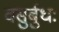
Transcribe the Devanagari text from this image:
वसुर्बुधः